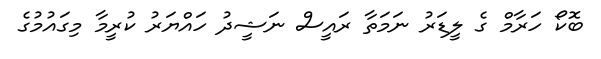
ބޮކޯ ހަރާމް ގެ ލީޑަރު ނަމަތާ ރައީސް ނަޝީދު ހައްޔަރު ކުރީމާ މިގައުމުގެ